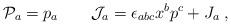
LaTeX: \begin{align*}{\cal P}_a=p_a\qquad {\cal J}_a=\epsilon_{abc}x^b p^c+ J_a\;,\end{align*}